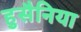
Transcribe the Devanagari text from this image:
हुसैनिया